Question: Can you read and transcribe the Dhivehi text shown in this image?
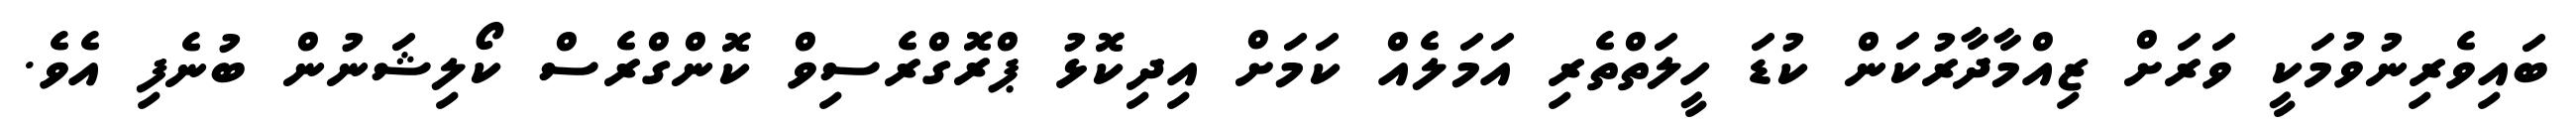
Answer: ބައިވެރިނުވުމަކީ ވަރަށް ޒިއްމާދާރުކަން ކުޑަ ހީލަތްތެރި އަމަލެއް ކަމަށް އިދިކޮޅު ޕްރޮގްރެސިވް ކޮންގްރެސް ކޯލިޝަނުން ބުނެފި އެވެ.